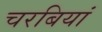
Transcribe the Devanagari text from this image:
चरबियां